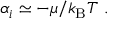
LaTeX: \alpha _ { i } \simeq - \mu / k _ { \mathrm { { B } } } T \ .